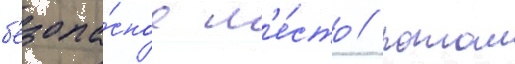
б'езопа́сное м'е́сто / потом